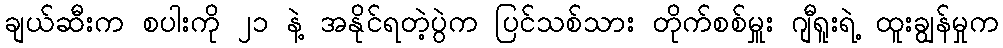
ချယ်ဆီးက စပါးကို ၂၁ နဲ့ အနိုင်ရတဲ့ပွဲက ပြင်သစ်သား တိုက်စစ်မှူး ဂျီရူးရဲ့ ထူးချွန်မှုက